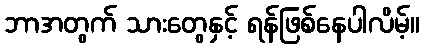
ဘာအတွက် သားတွေနှင့် ရန်ဖြစ်နေပါလိမ့်။